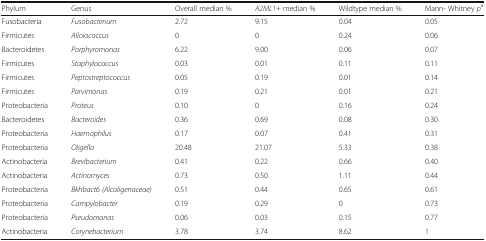
<table><thead><tr><td><b>Phylum</b></td><td><b>Genus</b></td><td><b>Overall median %</b></td><td><b><i>A2ML1+</i> median %</b></td><td><b>Wildtype median %</b></td><td><b>Mann- Whitney <i>p</i><sup>a</sup></b></td></tr></thead><tbody><tr><td>Fusobacteria</td><td><i>Fusobacterium</i></td><td>2.72</td><td>9.15</td><td>0.04</td><td>0.05</td></tr><tr><td>Firmicutes</td><td><i>Alloiococcus</i></td><td>0</td><td>0</td><td>0.24</td><td>0.06</td></tr><tr><td>Bacteroidetes</td><td><i>Porphyromonas</i></td><td>6.22</td><td>9.00</td><td>0.06</td><td>0.07</td></tr><tr><td>Firmicutes</td><td><i>Staphylococcus</i></td><td>0.03</td><td>0.01</td><td>0.11</td><td>0.11</td></tr><tr><td>Firmicutes</td><td><i>Peptostreptococcus</i></td><td>0.05</td><td>0.19</td><td>0.01</td><td>0.14</td></tr><tr><td>Firmicutes</td><td><i>Parvimonas</i></td><td>0.19</td><td>0.21</td><td>0.01</td><td>0.21</td></tr><tr><td>Proteobacteria</td><td><i>Proteus</i></td><td>0.10</td><td>0</td><td>0.16</td><td>0.24</td></tr><tr><td>Bacteroidetes</td><td><i>Bacteroides</i></td><td>0.36</td><td>0.69</td><td>0.08</td><td>0.30</td></tr><tr><td>Proteobacteria</td><td><i>Haemophilus</i></td><td>0.17</td><td>0.07</td><td>0.41</td><td>0.31</td></tr><tr><td>Proteobacteria</td><td><i>Oligella</i></td><td>20.48</td><td>21.07</td><td>5.33</td><td>0.38</td></tr><tr><td>Actinobacteria</td><td><i>Brevibacterium</i></td><td>0.41</td><td>0.22</td><td>0.66</td><td>0.40</td></tr><tr><td>Actinobacteria</td><td><i>Actinomyces</i></td><td>0.73</td><td>0.50</td><td>1.11</td><td>0.44</td></tr><tr><td>Proteobacteria</td><td><i>Bkhbact6 (Alcaligenaceae)</i></td><td>0.51</td><td>0.44</td><td>0.65</td><td>0.61</td></tr><tr><td>Proteobacteria</td><td><i>Campylobacter</i></td><td>0.19</td><td>0.29</td><td>0</td><td>0.73</td></tr><tr><td>Proteobacteria</td><td><i>Pseudomonas</i></td><td>0.06</td><td>0.03</td><td>0.15</td><td>0.77</td></tr><tr><td>Actinobacteria</td><td><i>Corynebacterium</i></td><td>3.78</td><td>3.74</td><td>8.62</td><td>1</td></tr></tbody></table>